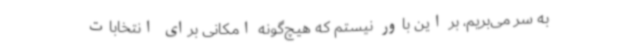
به سر می‌بریم، بر این باور نیستم که هیچ‌گونه امکانی برای انتخابات